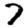
Digit: 7